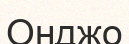
Онджо